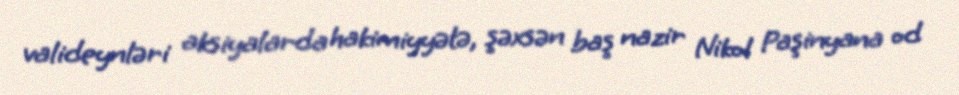
valideynləri aksiyalarda hakimiyyətə, şəxsən baş nazir Nikol Paşinyana od